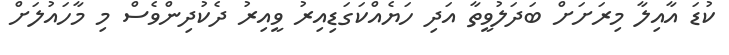
ކުޑަ އާއިލާ މިރަށަށް ބަދަލުވީތާ އަދި ހަޔެއްކަގަޑިއިރު ވީއިރު ދެކުދިންވެސް މި މާހައުލަށް